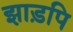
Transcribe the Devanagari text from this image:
झाड़पि